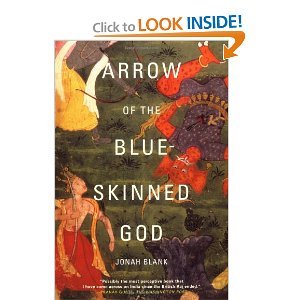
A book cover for Arrow of the Blue-Skinned God: Retracing the Ramayana Through India; JONAH BLANK; Travel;